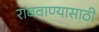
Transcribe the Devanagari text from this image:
राबवाण्यासाठी